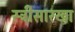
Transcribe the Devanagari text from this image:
स्त्रीसारखा